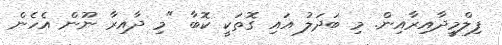
ފިލްމީދާއިރާއިން. މި ބަދަލު އައި ގޮތަކީ ކޮބާ "މި ދާއިރާ ނޫން އެހެން